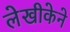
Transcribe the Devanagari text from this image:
लेखीकेने